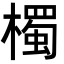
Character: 㯮